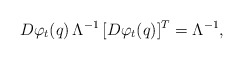
\begin{align*}D\varphi_t(q) \, \Lambda^{-1} \,[D\varphi_t(q)]^{T} = \Lambda^{-1},\end{align*}